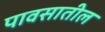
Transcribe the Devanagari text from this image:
पावसातील